Civil Veterinary Dept. Bombay admin report 1932-41 - 1932-1941
Year: 1932
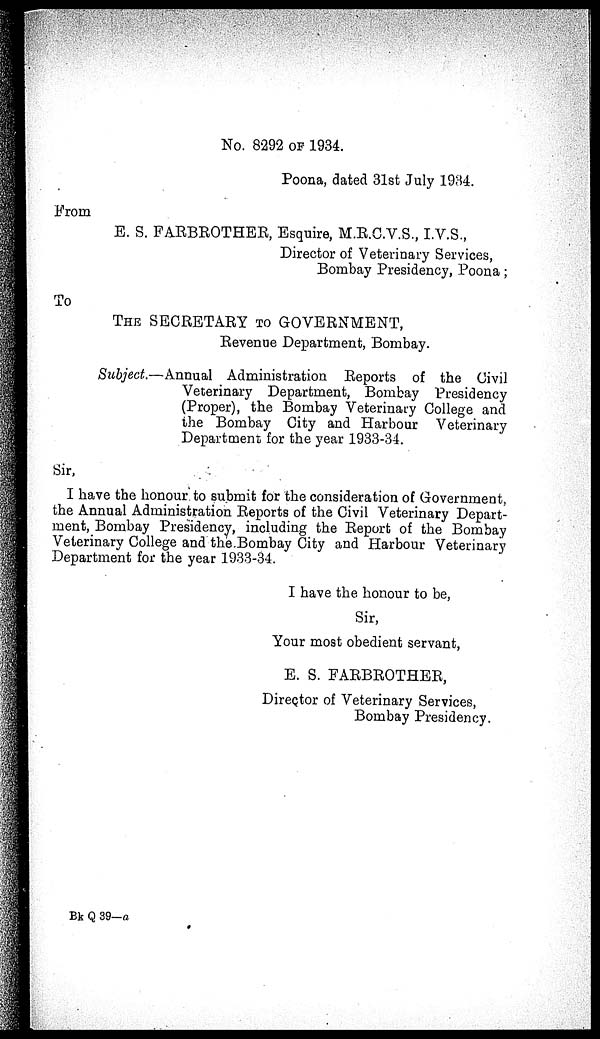
No. 8292 OF 1934.
Poona, dated 31st July 1934.
From
E. S. FARBROTHER, Esquire, M.R.C.V.S., I.V.S.,
Director of Veterinary Services,
Bombay Presidency, Poona ;
To
THE SECRETARY TO GOVERNMENT,
Revenue Department, Bombay.
Subject.—Annual Administration Reports of the Civil
Veterinary Department, Bombay Presidency
(Proper), the Bombay Veterinary College and
the Bombay City and Harbour Veterinary
Department for the year 1933-34.
Sir,
I have the honour to submit for the consideration of Government,
the Annual Administration Reports of the Civil Veterinary Depart-
ment, Bombay Presidency, including the Report of the Bombay
Veterinary College and the Bombay City and Harbour Veterinary
Department for the year 1933-34.
I have the honour to be,
Sir,
Your most obedient servant,
E. S. FARBROTHER,
Director of Veterinary Services,
Bombay Presidency.
Bk Q 39—a